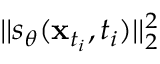
| | s _ { \theta } ( \mathbf { x } _ { t _ { i } } , t _ { i } ) | | _ { 2 } ^ { 2 }